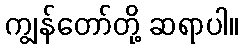
ကျွန်တော်တို့ ဆရာပါ။